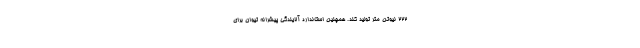
۲۲۲ نیوتن متر تولید کند. همچنین استاندارد آلایندگی پیشرانه تیوان برای